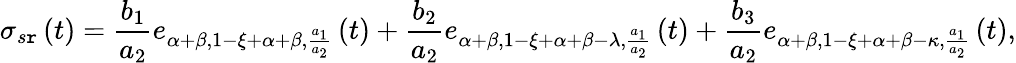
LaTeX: \sigma_{s\mathtt{r}}\left(t\right)=\frac{{b_{1}}}{{a_{2}}}e_{\alpha+\beta,1-\xi+\alpha+\beta,\frac{{a_{1}}}{{a_{2}}}}\left(t\right)+\frac{{b_{2}}}{{a_{2}}}e_{\alpha+\beta,1-\xi+\alpha+\beta-\lambda,\frac{{a_{1}}}{{a_{2}}}}\left(t\right)+\frac{{b_{3}}}{{a_{2}}}e_{\alpha+\beta,1-\xi+\alpha+\beta-\kappa,\frac{{a_{1}}}{{a_{2}}}}\left(t\right),